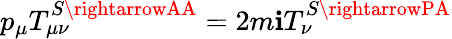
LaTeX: p_{\mu}T_{\mu\nu}^{S\rightarrowAA}=2m\mathbf{i}T_{\nu}^{S\rightarrowPA}